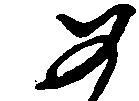
如